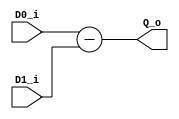
module Substracter(
    input   wire[7:0]   D0_i,
    input   wire[7:0]   D1_i,

    output  wire[7:0]   Q_o
);

assign Q_o = D0_i - D1_i;

endmodule